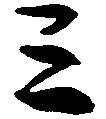
三